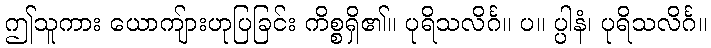
ဤသူကား ယောကျ်ားဟုပြခြင်း ကိစ္စရှိ၏။ ပုရိသလိင်္ဂ။ ပ။ ပ္ပါနံ၊ ပုရိသလိင်္ဂ။